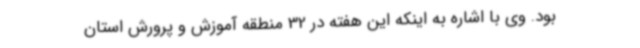
بود. وی با اشاره به اینکه این هفته در 32 منطقه‌ آموزش و پرورش استان